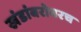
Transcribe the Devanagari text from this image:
खंडांबरोबरच